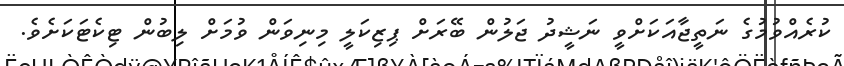
ކުރެއްވުމުގެ ނަތީޖާއަކަށްވީ ނަޝީދު ޖަލުން ބޭރަށް ޕިޒިކަލީ މިނިވަން ވުމަށް ލިބުން ޓިކެޓަކަށެވެ.